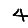
Digit: 4